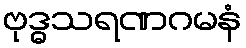
ဗုဒ္ဓသရဏဂမနံ